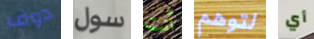
دوف سول أنت لتوهم أي